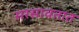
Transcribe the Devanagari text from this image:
सरसावतात